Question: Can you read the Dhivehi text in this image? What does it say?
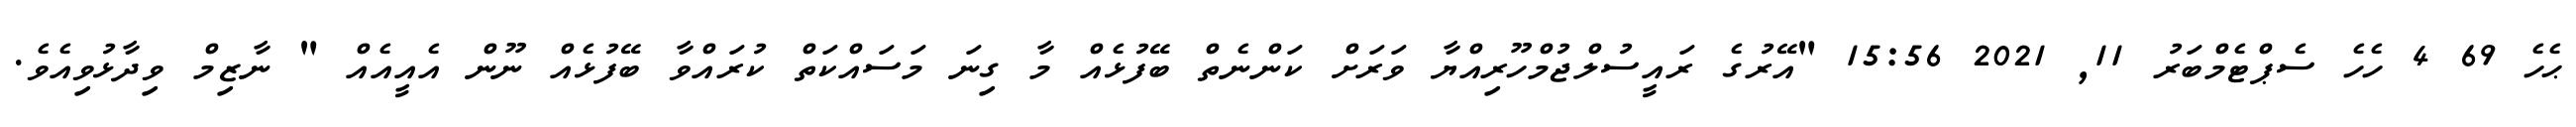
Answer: ޙެހެ 69 4 ހެހެ ސެޕްޓެމްބަރު 11, 2021 15:56 "އޭރުގެ ރައީސުލްޖުމްހޫރިއްޔާ ވަރަށް ކަންނެތް ބޭފުޅެއް މާ ގިނަ މަސައްކަތް ކުރައްވާ ބޭފުޅެއް ނޫން އެއީއެއް " ނާޒިމް ވިދާޅުވިއެވެ.